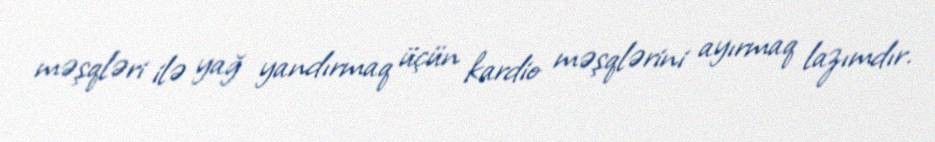
məşqləri ilə yağ yandırmaq üçün kardio məşqlərini ayırmaq lazımdır.